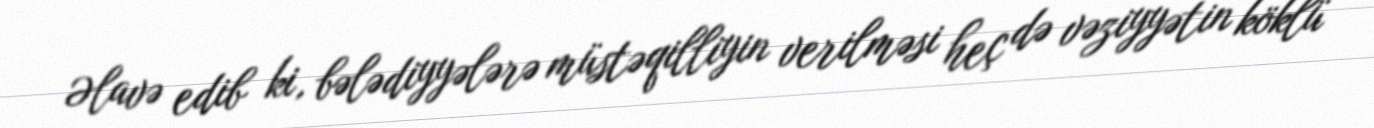
Əlavə edib ki, bələdiyyələrə müstəqilliyin verilməsi heç də vəziyyətin köklü